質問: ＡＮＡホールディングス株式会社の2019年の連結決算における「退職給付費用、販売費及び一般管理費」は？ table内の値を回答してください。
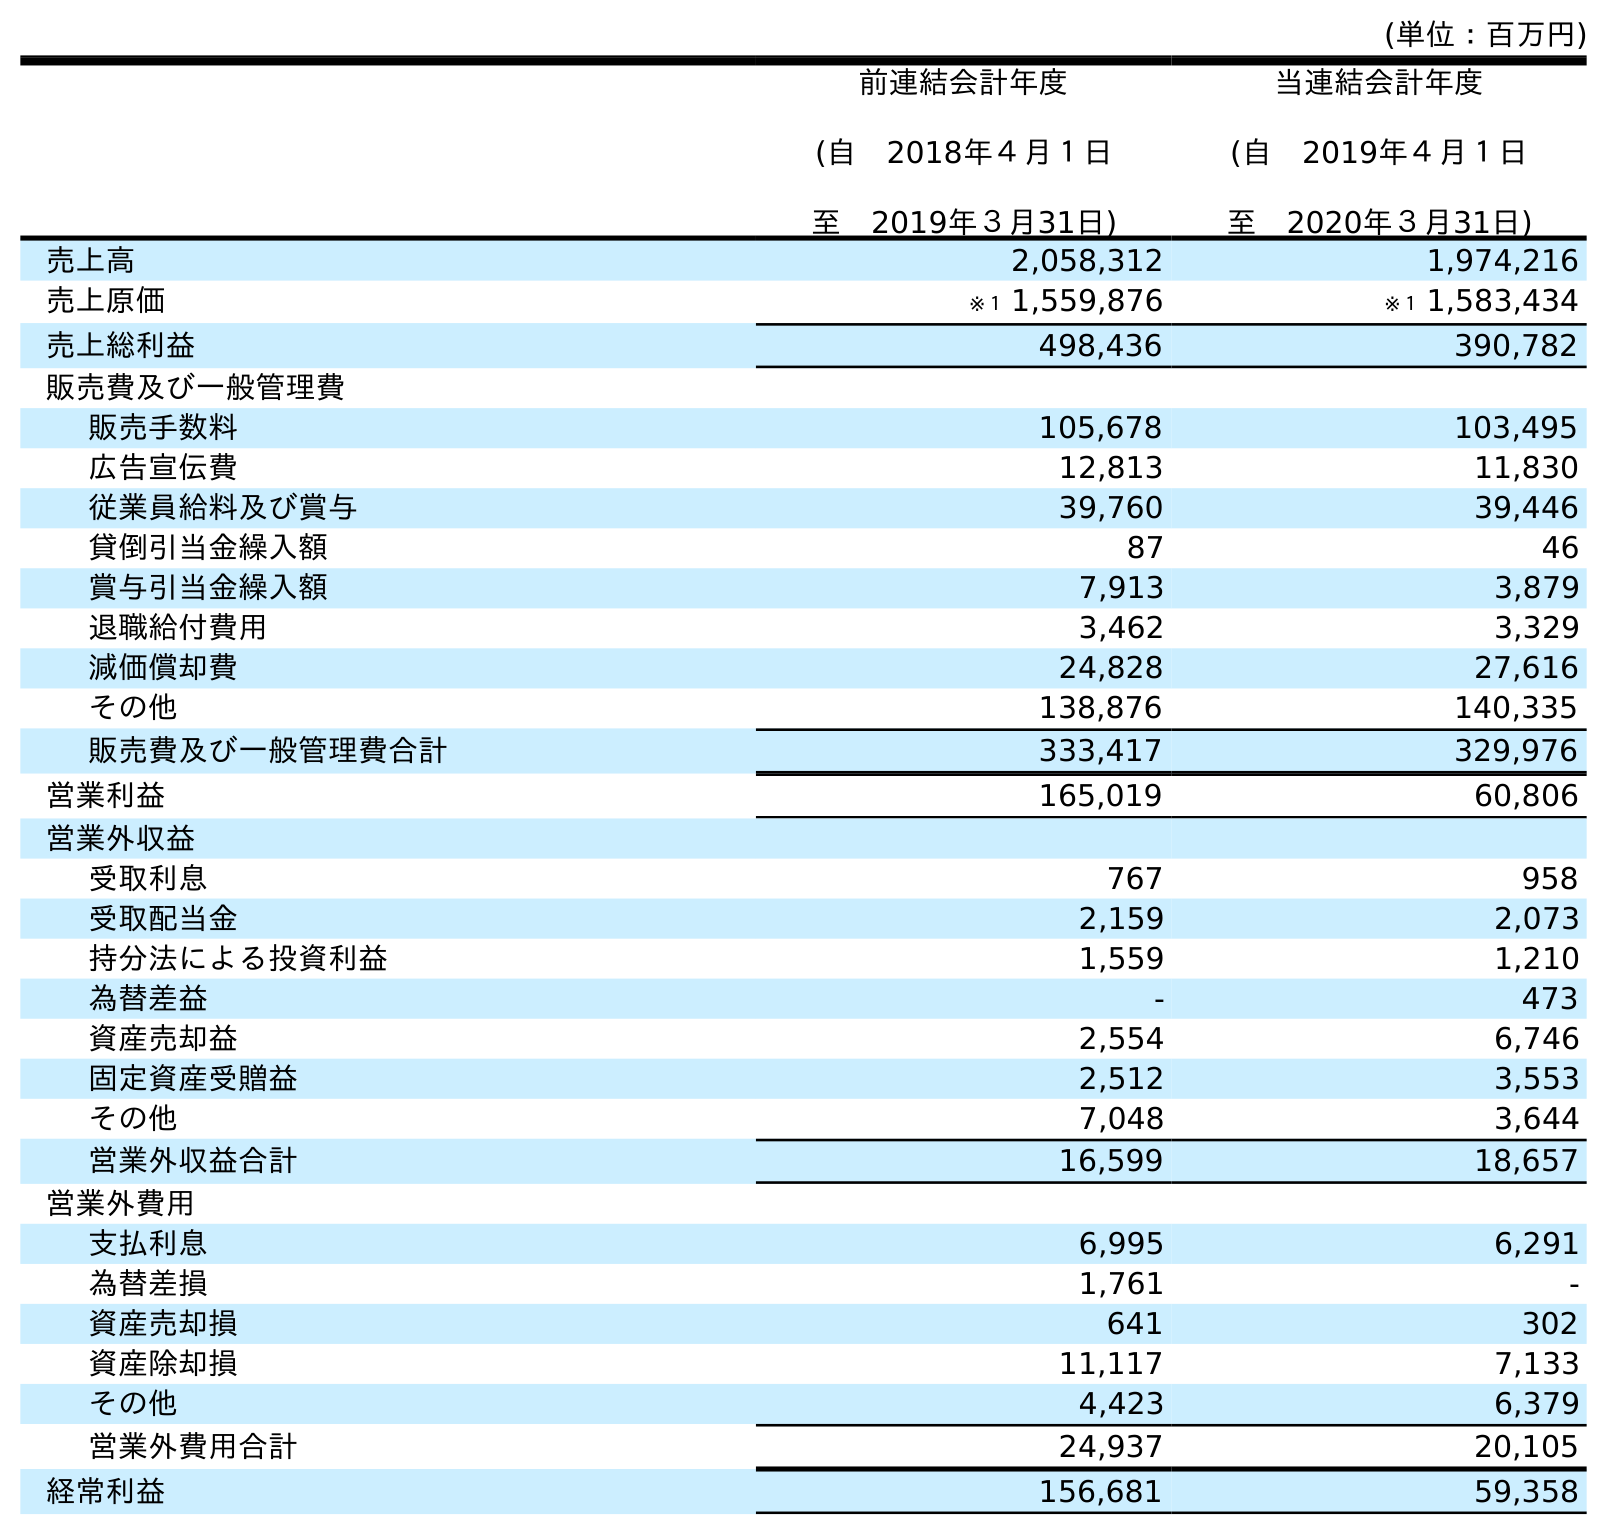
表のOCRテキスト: (単位：百万円) 前連結会計年度 (自 2018年４月１日 至 2019年３月31日) 当連結会計年度 (自 2019年４月１日 至 2020年３月31日) 売上高 2,058,312 1,974,216 売上原価 ※１ 1,559,876 ※１ 1,583,434 売上総利益 498,436 390,782 販売費及び一般管理費 販売手数料 105,678 103,495 広告宣伝費 12,813 11,830 従業員給料及び賞与 39,760 39,446 貸倒引当金繰入額 87 46 賞与引当金繰入額 7,913 3,879 退職給付費用 3,462 3,329 減価償却費 24,828 27,616 その他 138,876 140,335 販売費及び一般管理費合計 333,417 329,976 営業利益 165,019 60,806 営業外収益 受取利息 767 958 受取配当金 2,159 2,073 持分法による投資利益 1,559 1,210 為替差益 - 473 資産売却益 2,554 6,746 固定資産受贈益 2,512 3,553 その他 7,048 3,644 営業外収益合計 16,599 18,657 営業外費用 支払利息 6,995 6,291 為替差損 1,761 - 資産売却損 641 302 資産除却損 11,117 7,133 その他 4,423 6,379 営業外費用合計 24,937 20,105 経常利益 156,681 59,358
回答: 3,462